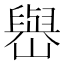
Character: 𡽬